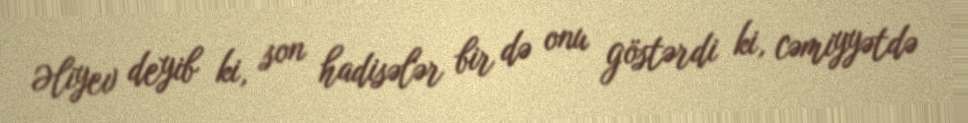
Əliyev deyib ki, son hadisələr bir də onu göstərdi ki, cəmiyyətdə